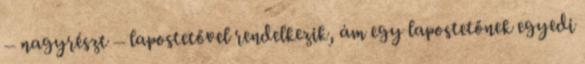
– nagyrészt – lapostetővel rendelkezik, ám egy lapostetőnek egyedi